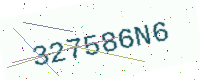
Text: 327586N6